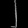
Digit: ၂